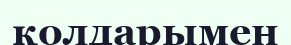
қолдарымен